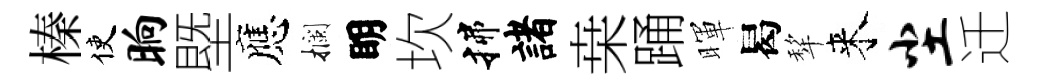
榛使晌塈應攔眀坎揲諸桒踊暉曷犂来尘迁